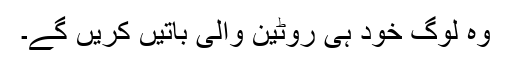
وہ لوگ خود ہی روٹین والی باتیں کریں گے۔